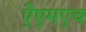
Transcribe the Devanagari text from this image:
ऐएमएच